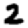
Digit: 2